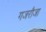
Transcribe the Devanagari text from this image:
गजरौजा